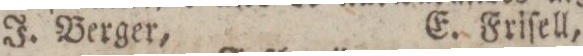
J. Berger,    E. Friſell,